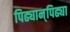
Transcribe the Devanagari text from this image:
पिढ्यान्‌पिढ्या